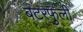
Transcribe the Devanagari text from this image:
बटरफुली